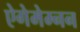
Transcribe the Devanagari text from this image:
ऐगेमेम्नन